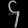
Digit: ၄